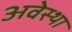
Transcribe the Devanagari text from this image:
अवेस्था